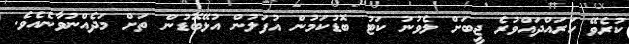
ކުރެވޭ ހަރައްދައްވުރެ ޖީބަށް ލެވުނު ކަޓު ބޮޑުކަމުން އުފަލުން އުޅޭބޮޑުން ތަށް މަދެއްނުވާނެއެެވެ.